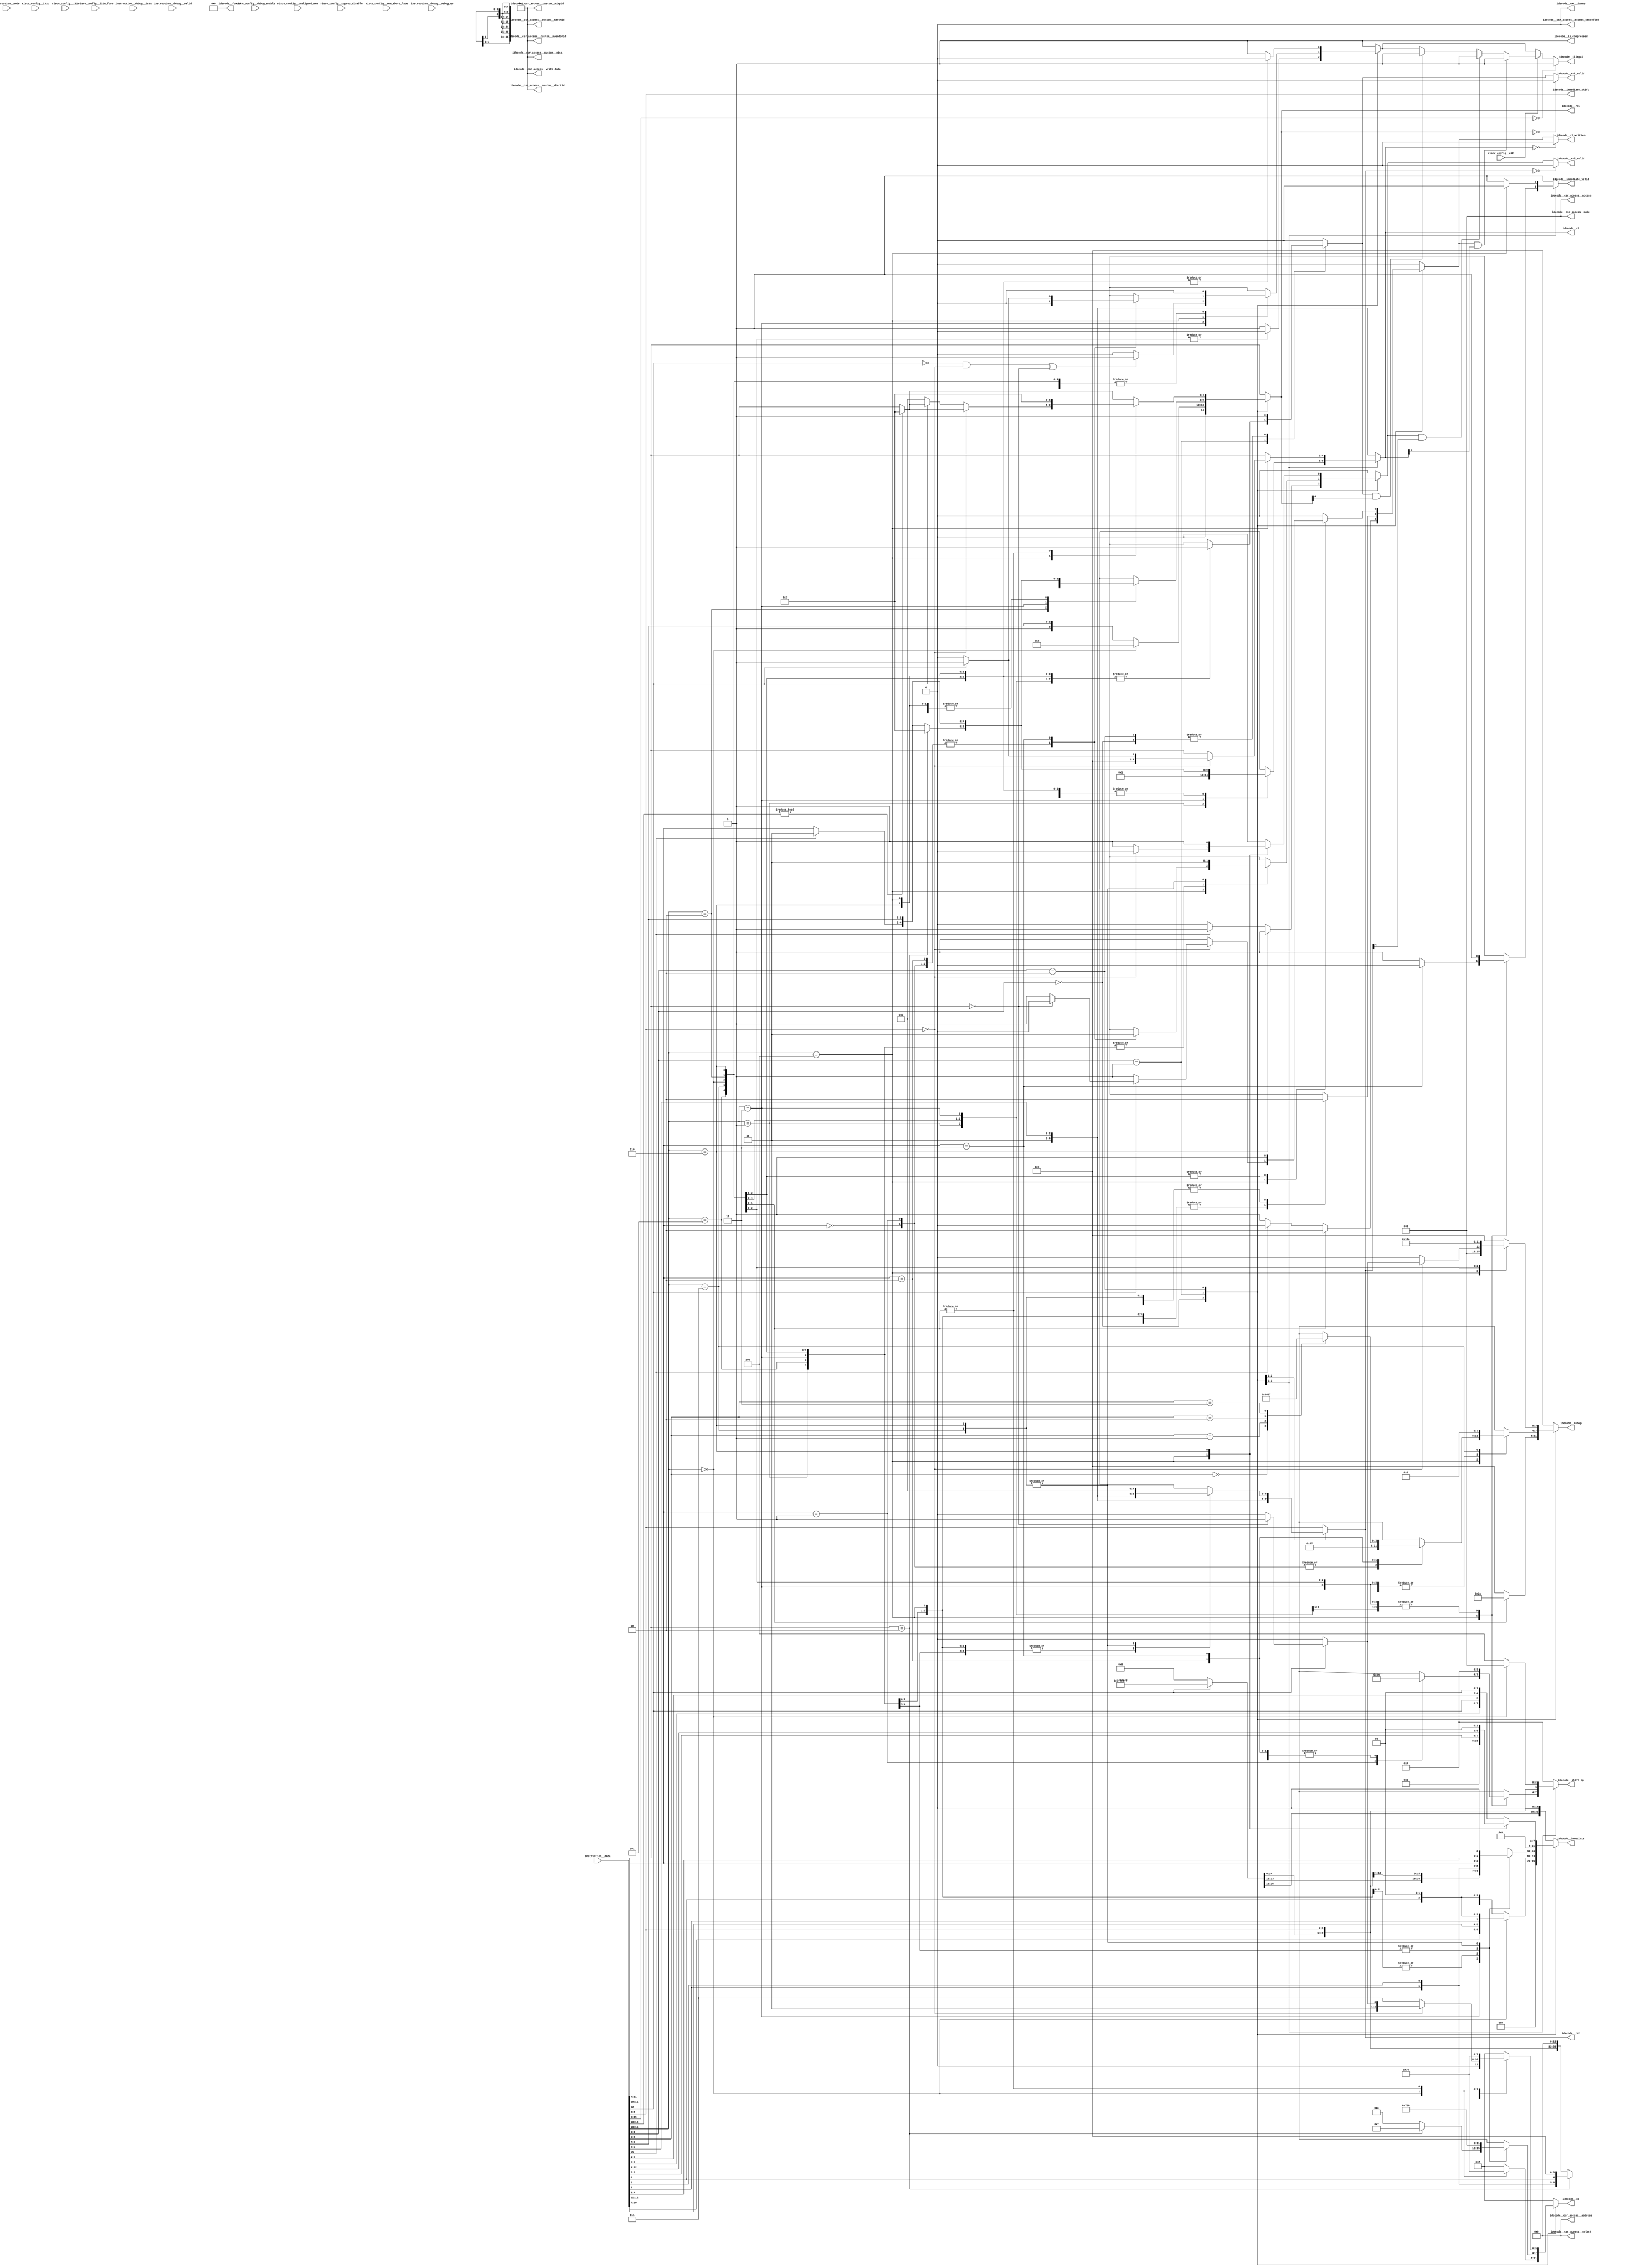
//a Note: created by CDL 1.4 - do not hand edit without recognizing it will be out of sync with the source
// Output mode 0 (VMOD=1, standard verilog=0)
// Verilog option comb reg suffix '__var'
// Verilog option include_displays 0
// Verilog option include_assertions 1
// Verilog option sv_assertions 0
// Verilog option assert delay string '<NULL>'
// Verilog option include_coverage 0
// Verilog option clock_gate_module_instance_type 'banana'
// Verilog option clock_gate_module_instance_extra_ports ''
// Verilog option use_always_at_star 1
// Verilog option clocks_must_have_enables 1

//a Module riscv_i32c_decode
    //   
    //   Instruction decoder for RISC-V I16 instruction set.
    //   
    //   This is based on the RISC-V v2.2 specification (hence figure numbers
    //   are from that specification)
    //   
    //   Note that custom opcodes are available
    //   
    //   
module riscv_i32c_decode
(

    riscv_config__i32c,
    riscv_config__e32,
    riscv_config__i32m,
    riscv_config__i32m_fuse,
    riscv_config__debug_enable,
    riscv_config__coproc_disable,
    riscv_config__unaligned_mem,
    riscv_config__mem_abort_late,
    instruction__mode,
    instruction__data,
    instruction__debug__valid,
    instruction__debug__debug_op,
    instruction__debug__data,

    idecode__rs1,
    idecode__rs1_valid,
    idecode__rs2,
    idecode__rs2_valid,
    idecode__rd,
    idecode__rd_written,
    idecode__csr_access__mode,
    idecode__csr_access__access_cancelled,
    idecode__csr_access__access,
    idecode__csr_access__custom__mhartid,
    idecode__csr_access__custom__misa,
    idecode__csr_access__custom__mvendorid,
    idecode__csr_access__custom__marchid,
    idecode__csr_access__custom__mimpid,
    idecode__csr_access__address,
    idecode__csr_access__select,
    idecode__csr_access__write_data,
    idecode__immediate,
    idecode__immediate_shift,
    idecode__immediate_valid,
    idecode__op,
    idecode__subop,
    idecode__shift_op,
    idecode__funct7,
    idecode__illegal,
    idecode__is_compressed,
    idecode__ext__dummy
);

    //b Clocks

    //b Inputs
    input riscv_config__i32c;
    input riscv_config__e32;
    input riscv_config__i32m;
    input riscv_config__i32m_fuse;
    input riscv_config__debug_enable;
    input riscv_config__coproc_disable;
    input riscv_config__unaligned_mem;
    input riscv_config__mem_abort_late;
    input [2:0]instruction__mode;
    input [31:0]instruction__data;
    input instruction__debug__valid;
    input [1:0]instruction__debug__debug_op;
    input [15:0]instruction__debug__data;

    //b Outputs
    output [4:0]idecode__rs1;
    output idecode__rs1_valid;
    output [4:0]idecode__rs2;
    output idecode__rs2_valid;
    output [4:0]idecode__rd;
    output idecode__rd_written;
    output [2:0]idecode__csr_access__mode;
    output idecode__csr_access__access_cancelled;
    output [2:0]idecode__csr_access__access;
    output [31:0]idecode__csr_access__custom__mhartid;
    output [31:0]idecode__csr_access__custom__misa;
    output [31:0]idecode__csr_access__custom__mvendorid;
    output [31:0]idecode__csr_access__custom__marchid;
    output [31:0]idecode__csr_access__custom__mimpid;
    output [11:0]idecode__csr_access__address;
    output [11:0]idecode__csr_access__select;
    output [31:0]idecode__csr_access__write_data;
    output [31:0]idecode__immediate;
    output [4:0]idecode__immediate_shift;
    output idecode__immediate_valid;
    output [3:0]idecode__op;
    output [3:0]idecode__subop;
    output [3:0]idecode__shift_op;
    output [6:0]idecode__funct7;
    output idecode__illegal;
    output idecode__is_compressed;
    output idecode__ext__dummy;

// output components here

    //b Output combinatorials
    reg [4:0]idecode__rs1;
    reg idecode__rs1_valid;
    reg [4:0]idecode__rs2;
    reg idecode__rs2_valid;
    reg [4:0]idecode__rd;
    reg idecode__rd_written;
    reg [2:0]idecode__csr_access__mode;
    reg idecode__csr_access__access_cancelled;
    reg [2:0]idecode__csr_access__access;
    reg [31:0]idecode__csr_access__custom__mhartid;
    reg [31:0]idecode__csr_access__custom__misa;
    reg [31:0]idecode__csr_access__custom__mvendorid;
    reg [31:0]idecode__csr_access__custom__marchid;
    reg [31:0]idecode__csr_access__custom__mimpid;
    reg [11:0]idecode__csr_access__address;
    reg [11:0]idecode__csr_access__select;
    reg [31:0]idecode__csr_access__write_data;
    reg [31:0]idecode__immediate;
    reg [4:0]idecode__immediate_shift;
    reg idecode__immediate_valid;
    reg [3:0]idecode__op;
    reg [3:0]idecode__subop;
    reg [3:0]idecode__shift_op;
    reg [6:0]idecode__funct7;
    reg idecode__illegal;
    reg idecode__is_compressed;
    reg idecode__ext__dummy;

    //b Output nets

    //b Internal and output registers

    //b Internal combinatorials
        //   Combinatorials used in the module, not exported as the decode
    reg [1:0]combs__quadrant;
    reg [2:0]combs__opc;
    reg [4:0]combs__rd_q0;
    reg [4:0]combs__rd_q12;
    reg [4:0]combs__rs1;
    reg [4:0]combs__rs2;
    reg [31:0]combs__imm_signed;
    reg [31:0]combs__imm_ci_v1;
    reg [31:0]combs__imm_clwsp;
    reg [31:0]combs__imm_clui;
    reg [31:0]combs__imm_caddi16sp;
    reg [31:0]combs__imm_caddi4spn;
    reg [31:0]combs__imm_cswsp;
    reg [31:0]combs__imm_clwsw;
    reg [31:0]combs__imm_cb;
    reg [31:0]combs__imm_cj;

    //b Internal nets

    //b Clock gating module instances
    //b Module instances
    //b instruction_breakout combinatorial process
        //   
        //       Break out the instruction into fields, using constants from
        //       riscv_internal_types
        //   
        //       Any output ports driven by these signals are simple wires, of
        //       course.
        //       
    always @ ( * )//instruction_breakout
    begin: instruction_breakout__comb_code
        combs__quadrant = instruction__data[1:0];
        combs__opc = instruction__data[15:13];
        combs__rd_q0 = {2'h1,instruction__data[4:2]};
        combs__rd_q12 = instruction__data[11:7];
        combs__rs1 = instruction__data[11:7];
        combs__rs2 = instruction__data[6:2];
    end //always

    //b immediate_decode combinatorial process
        //   
        //       Decode the immediate value based on the instruction opcode class.
        //   
        //       The immediate is sometimes a sign-extended value, with the sign
        //       bit coming from bit 12 of the instruction.  Hence @a
        //       combs.imm_signed is created as a 32 bit value of either all ones
        //       or all zeros, to be used as a sign extension bit vector as required.
        //   
        //       The immediate variants of the RISC-V I32C base instruction have to be extracted from section 12 and are:
        //   
        //       CI v1  sign extended     i[12],  i[5;2]                                for  li, addi, andi
        //       CI v2  zero ext          i[2;2] i[12], i[3;4], 2b0                     for lwsp
        //       CI v3  sign extended     i[12], i[5;2], 12b0                           for lui
        //       CI v4  sign extended     i[12], i[2;3], i[5], i[2], i[6], 4b0          for addi16sp
        //       CIW    zero ext    i[4;7], i[2;11], i[5] i[6], 2b0                     for addi4spn
        //       CSS,   zero ext               i[2;7], i[4;9], 2b0                      for swsp
        //       CL, CS zero ext           i[5], i[3;10], i[6], 2b0                     for lw, sw
        //       CB,    sign ext  i[12], i[2;5], i[2], i[2;10], i[2;3], 1b0             for beqz/bnez
        //       CJ     sign ext  i[12], i[8], i[2;9], i[3;6], i[2], i[11], i[3;3], 1b0 for j/jal
        //   
        //       
    always @ ( * )//immediate_decode
    begin: immediate_decode__comb_code
    reg idecode__immediate_valid__var;
    reg [31:0]idecode__immediate__var;
        combs__imm_signed = ((instruction__data[12]!=1'h0)?64'hffffffffffffffff:64'h0);
        idecode__immediate_valid__var = 1'h1;
        idecode__immediate_shift = instruction__data[6:2];
        combs__imm_ci_v1 = {combs__imm_signed[26:0],instruction__data[6:2]};
        combs__imm_clwsp = {{{{24'h0,instruction__data[3:2]},instruction__data[12]},instruction__data[6:4]},2'h0};
        combs__imm_clui = {{combs__imm_signed[14:0],instruction__data[6:2]},12'h0};
        combs__imm_caddi16sp = {{{{{combs__imm_signed[22:0],instruction__data[4:3]},instruction__data[5]},instruction__data[2]},instruction__data[6]},4'h0};
        combs__imm_caddi4spn = {{{{{22'h0,instruction__data[10:7]},instruction__data[12:11]},instruction__data[5]},instruction__data[6]},2'h0};
        combs__imm_cswsp = {{{24'h0,instruction__data[8:7]},instruction__data[12:9]},2'h0};
        combs__imm_clwsw = {{{{25'h0,instruction__data[5]},instruction__data[12:10]},instruction__data[6]},2'h0};
        combs__imm_cb = {{{{{combs__imm_signed[23:0],instruction__data[6:5]},instruction__data[2]},instruction__data[11:10]},instruction__data[4:3]},1'h0};
        combs__imm_cj = {{{{{{{{combs__imm_signed[20:0],instruction__data[8]},instruction__data[10:9]},instruction__data[6]},instruction__data[7]},instruction__data[2]},instruction__data[11]},instruction__data[5:3]},1'h0};
        idecode__immediate__var = combs__imm_ci_v1;
        case (combs__quadrant) //synopsys parallel_case
        2'h0: // req 1
            begin
            idecode__immediate__var = combs__imm_clwsw;
            case (combs__opc) //synopsys parallel_case
            3'h0: // req 1
                begin
                idecode__immediate__var = combs__imm_caddi4spn;
                end
            3'h2: // req 1
                begin
                idecode__immediate__var = combs__imm_clwsw;
                end
            3'h6: // req 1
                begin
                idecode__immediate__var = combs__imm_clwsw;
                end
            //synopsys  translate_off
            //pragma coverage off
            //synopsys  translate_on
            default:
                begin
                //Need a default case to make Cadence Lint happy, even though this is not a full case
                end
            //synopsys  translate_off
            //pragma coverage on
            //synopsys  translate_on
            endcase
            end
        2'h1: // req 1
            begin
            idecode__immediate__var = combs__imm_ci_v1;
            case (combs__opc) //synopsys parallel_case
            3'h0: // req 1
                begin
                idecode__immediate__var = combs__imm_ci_v1;
                end
            3'h1: // req 1
                begin
                idecode__immediate__var = combs__imm_cj;
                end
            3'h2: // req 1
                begin
                idecode__immediate__var = combs__imm_ci_v1;
                end
            3'h3: // req 1
                begin
                idecode__immediate__var = combs__imm_clui;
                if ((instruction__data[11:7]==5'h2))
                begin
                    idecode__immediate__var = combs__imm_caddi16sp;
                end //if
                end
            3'h4: // req 1
                begin
                idecode__immediate__var = combs__imm_ci_v1;
                if ((instruction__data[11:10]==2'h3))
                begin
                    idecode__immediate_valid__var = 1'h0;
                end //if
                end
            3'h5: // req 1
                begin
                idecode__immediate__var = combs__imm_cj;
                end
            3'h6: // req 1
                begin
                idecode__immediate__var = combs__imm_cb;
                end
            3'h7: // req 1
                begin
                idecode__immediate__var = combs__imm_cb;
                end
            //synopsys  translate_off
            //pragma coverage off
            //synopsys  translate_on
            default:
                begin
                //Need a default case to make Cadence Lint happy, even though this is not a full case
                end
            //synopsys  translate_off
            //pragma coverage on
            //synopsys  translate_on
            endcase
            end
        2'h2: // req 1
            begin
            idecode__immediate__var = combs__imm_clwsp;
            case (combs__opc) //synopsys parallel_case
            3'h4: // req 1
                begin
                idecode__immediate_valid__var = 1'h0;
                idecode__immediate__var = 32'h0;
                end
            3'h0: // req 1
                begin
                idecode__immediate__var = combs__imm_clwsp;
                end
            3'h2: // req 1
                begin
                idecode__immediate__var = combs__imm_clwsp;
                end
            3'h6: // req 1
                begin
                idecode__immediate__var = combs__imm_cswsp;
                end
            //synopsys  translate_off
            //pragma coverage off
            //synopsys  translate_on
            default:
                begin
                //Need a default case to make Cadence Lint happy, even though this is not a full case
                end
            //synopsys  translate_off
            //pragma coverage on
            //synopsys  translate_on
            endcase
            end
        //synopsys  translate_off
        //pragma coverage off
        //synopsys  translate_on
        default:
            begin
            //Need a default case to make Cadence Lint happy, even though this is not a full case
            end
        //synopsys  translate_off
        //pragma coverage on
        //synopsys  translate_on
        endcase
        idecode__immediate_valid = idecode__immediate_valid__var;
        idecode__immediate = idecode__immediate__var;
    end //always

    //b instruction_decode combinatorial process
        //   
        //       Decode the compressed instruction operation
        //       Decode the registers based on the instruction opcode class.
        //   
        //       For many instructions there is a 3-bit register decode, which operate
        //       (per table 12.2 in spec v2.2) on actual registers 8 through 15 (5b01000-0b01111)
        //       These are known as the prime register decodes (rs1', rs2', rd').
        //   
        //       
    always @ ( * )//instruction_decode
    begin: instruction_decode__comb_code
    reg [4:0]idecode__rd__var;
    reg [4:0]idecode__rs1__var;
    reg [4:0]idecode__rs2__var;
    reg idecode__rs1_valid__var;
    reg idecode__rs2_valid__var;
    reg idecode__rd_written__var;
    reg [2:0]idecode__csr_access__access__var;
    reg [3:0]idecode__op__var;
    reg idecode__illegal__var;
    reg [3:0]idecode__subop__var;
    reg [3:0]idecode__shift_op__var;
        idecode__ext__dummy = 1'h0;
        idecode__is_compressed = 1'h1;
        idecode__rd__var = combs__rd_q0;
        idecode__rs1__var = combs__rs1;
        idecode__rs2__var = combs__rs2;
        idecode__rs1_valid__var = 1'h0;
        idecode__rs2_valid__var = 1'h0;
        idecode__rd_written__var = 1'h0;
        idecode__csr_access__mode = 3'h0;
        idecode__csr_access__access_cancelled = 1'h0;
        idecode__csr_access__access__var = 3'h0;
        idecode__csr_access__custom__mhartid = 32'h0;
        idecode__csr_access__custom__misa = 32'h0;
        idecode__csr_access__custom__mvendorid = 32'h0;
        idecode__csr_access__custom__marchid = 32'h0;
        idecode__csr_access__custom__mimpid = 32'h0;
        idecode__csr_access__address = 12'h0;
        idecode__csr_access__select = 12'h0;
        idecode__csr_access__write_data = 32'h0;
        idecode__csr_access__access__var = 3'h0;
        idecode__op__var = 4'hf;
        idecode__illegal__var = 1'h1;
        idecode__subop__var = 4'h0;
        idecode__funct7 = 7'h0;
        idecode__shift_op__var = 4'h4;
        case (combs__quadrant) //synopsys parallel_case
        2'h0: // req 1
            begin
            idecode__rd__var = combs__rd_q0;
            idecode__rs1__var = {2'h1,combs__rs1[2:0]};
            idecode__rs2__var = {2'h1,combs__rs2[2:0]};
            idecode__rs1_valid__var = 1'h1;
            idecode__rs2_valid__var = 1'h0;
            idecode__rd_written__var = 1'h1;
            if ((combs__opc[2]!=1'h0))
            begin
                idecode__rs2_valid__var = 1'h1;
                idecode__rd_written__var = 1'h0;
            end //if
            case (combs__opc) //synopsys parallel_case
            3'h0: // req 1
                begin
                idecode__illegal__var = 1'h0;
                idecode__op__var = 4'h7;
                idecode__subop__var = 4'h0;
                idecode__rs1__var = 5'h2;
                idecode__rs1_valid__var = 1'h1;
                end
            3'h2: // req 1
                begin
                idecode__illegal__var = 1'h0;
                idecode__op__var = 4'h6;
                idecode__subop__var = 4'h2;
                idecode__rs1_valid__var = 1'h1;
                idecode__rd_written__var = 1'h1;
                end
            3'h6: // req 1
                begin
                idecode__illegal__var = 1'h0;
                idecode__op__var = 4'h6;
                idecode__subop__var = 4'ha;
                idecode__rs1_valid__var = 1'h1;
                idecode__rs2_valid__var = 1'h1;
                idecode__rd_written__var = 1'h0;
                end
            //synopsys  translate_off
            //pragma coverage off
            //synopsys  translate_on
            default:
                begin
                //Need a default case to make Cadence Lint happy, even though this is not a full case
                end
            //synopsys  translate_off
            //pragma coverage on
            //synopsys  translate_on
            endcase
            end
        2'h1: // req 1
            begin
            idecode__rd__var = combs__rd_q12;
            idecode__rs1__var = combs__rs1;
            idecode__rs2__var = {2'h1,combs__rs2[2:0]};
            if ((combs__opc[2]!=1'h0))
            begin
                idecode__rd__var[4:3] = 2'h1;
                idecode__rs1__var[4:3] = 2'h1;
            end //if
            idecode__rs1_valid__var = 1'h1;
            idecode__rs2_valid__var = 1'h0;
            idecode__rd_written__var = 1'h0;
            case (combs__opc) //synopsys parallel_case
            3'h0: // req 1
                begin
                idecode__illegal__var = 1'h0;
                idecode__op__var = 4'h7;
                idecode__subop__var = 4'h0;
                idecode__rs1_valid__var = 1'h1;
                idecode__rd_written__var = 1'h1;
                end
            3'h1: // req 1
                begin
                idecode__illegal__var = 1'h0;
                idecode__op__var = 4'h1;
                idecode__rd__var = 5'h1;
                idecode__rd_written__var = 1'h1;
                end
            3'h2: // req 1
                begin
                idecode__illegal__var = 1'h0;
                idecode__op__var = 4'h7;
                idecode__subop__var = 4'h0;
                idecode__rs1_valid__var = 1'h1;
                idecode__rd_written__var = 1'h1;
                idecode__rs1__var = 5'h0;
                end
            3'h3: // req 1
                begin
                idecode__illegal__var = 1'h0;
                idecode__op__var = 4'ha;
                idecode__rd_written__var = 1'h1;
                idecode__subop__var = 4'h0;
                if ((instruction__data[11:7]==5'h2))
                begin
                    idecode__op__var = 4'h7;
                    idecode__rs1_valid__var = 1'h1;
                    idecode__rd_written__var = 1'h1;
                    idecode__rd__var = 5'h2;
                    idecode__rs1__var = 5'h2;
                end //if
                if ((((instruction__data[12]==1'h0)&&(instruction__data[6:2]==5'h0))||(instruction__data[11:7]==5'h0)))
                begin
                    idecode__illegal__var = 1'h1;
                end //if
                end
            3'h4: // req 1
                begin
                idecode__illegal__var = 1'h0;
                idecode__op__var = 4'h7;
                idecode__subop__var = 4'h7;
                idecode__rs1_valid__var = 1'h1;
                idecode__rs2_valid__var = 1'h0;
                idecode__rd_written__var = 1'h1;
                case (instruction__data[11:10]) //synopsys parallel_case
                2'h0: // req 1
                    begin
                    idecode__subop__var = 4'h5;
                    idecode__shift_op__var = 4'h4;
                    idecode__rs2_valid__var = 1'h0;
                    end
                2'h1: // req 1
                    begin
                    idecode__subop__var = 4'h5;
                    idecode__shift_op__var = 4'h6;
                    idecode__rs2_valid__var = 1'h0;
                    end
                2'h2: // req 1
                    begin
                    idecode__subop__var = 4'h7;
                    idecode__rs2_valid__var = 1'h0;
                    end
                2'h3: // req 1
                    begin
                    if ((instruction__data[12]!=1'h0))
                    begin
                        idecode__illegal__var = 1'h1;
                    end //if
                    idecode__subop__var = 4'h7;
                    idecode__rs2_valid__var = 1'h1;
                    case (instruction__data[6:5]) //synopsys parallel_case
                    2'h0: // req 1
                        begin
                        idecode__subop__var = 4'h8;
                        end
                    2'h1: // req 1
                        begin
                        idecode__subop__var = 4'h4;
                        end
                    2'h2: // req 1
                        begin
                        idecode__subop__var = 4'h6;
                        end
                    2'h3: // req 1
                        begin
                        idecode__subop__var = 4'h7;
                        end
    //synopsys  translate_off
    //pragma coverage off
                    default:
                        begin
                            if (1)
                            begin
                                $display("%t *********CDL ASSERTION FAILURE:riscv_i32c_decode:instruction_decode: Full switch statement did not cover all values", $time);
                            end
                        end
    //pragma coverage on
    //synopsys  translate_on
                    endcase
                    end
    //synopsys  translate_off
    //pragma coverage off
                default:
                    begin
                        if (1)
                        begin
                            $display("%t *********CDL ASSERTION FAILURE:riscv_i32c_decode:instruction_decode: Full switch statement did not cover all values", $time);
                        end
                    end
    //pragma coverage on
    //synopsys  translate_on
                endcase
                end
            3'h5: // req 1
                begin
                idecode__illegal__var = 1'h0;
                idecode__op__var = 4'h1;
                idecode__rd_written__var = 1'h0;
                end
            3'h6: // req 1
                begin
                idecode__illegal__var = 1'h0;
                idecode__op__var = 4'h0;
                idecode__subop__var = 4'h0;
                idecode__rs1_valid__var = 1'h1;
                idecode__rs2_valid__var = 1'h1;
                idecode__rs2__var = 5'h0;
                idecode__rd_written__var = 1'h0;
                end
            3'h7: // req 1
                begin
                idecode__illegal__var = 1'h0;
                idecode__op__var = 4'h0;
                idecode__subop__var = 4'h1;
                idecode__rs1_valid__var = 1'h1;
                idecode__rs2_valid__var = 1'h1;
                idecode__rs2__var = 5'h0;
                idecode__rd_written__var = 1'h0;
                end
            //synopsys  translate_off
            //pragma coverage off
            //synopsys  translate_on
            default:
                begin
                //Need a default case to make Cadence Lint happy, even though this is not a full case
                end
            //synopsys  translate_off
            //pragma coverage on
            //synopsys  translate_on
            endcase
            end
        2'h2: // req 1
            begin
            idecode__rd__var = combs__rd_q12;
            idecode__rs1__var = combs__rs1;
            idecode__rs2__var = combs__rs2;
            idecode__rs1_valid__var = 1'h1;
            idecode__rs2_valid__var = 1'h0;
            idecode__rd_written__var = 1'h0;
            if ((combs__opc[1:0]!=2'h0))
            begin
                idecode__rs1__var = 5'h2;
            end //if
            case (combs__opc) //synopsys parallel_case
            3'h4: // req 1
                begin
                idecode__illegal__var = 1'h0;
                if ((combs__rs2==5'h0))
                begin
                    idecode__op__var = 4'h2;
                    idecode__rs1_valid__var = 1'h1;
                    idecode__rs2_valid__var = 1'h0;
                    idecode__rd_written__var = 1'h1;
                    if ((instruction__data[12]!=1'h0))
                    begin
                        idecode__rd__var = 5'h1;
                        if ((combs__rs1==5'h0))
                        begin
                            idecode__op__var = 4'h3;
                            idecode__subop__var = 4'h1;
                            idecode__rd_written__var = 1'h0;
                        end //if
                    end //if
                    else
                    
                    begin
                        idecode__rd__var = 5'h0;
                    end //else
                end //if
                else
                
                begin
                    idecode__op__var = 4'h7;
                    idecode__subop__var = 4'h0;
                    idecode__rs1_valid__var = 1'h1;
                    idecode__rs2_valid__var = 1'h1;
                    idecode__rd_written__var = 1'h1;
                    if (!(instruction__data[12]!=1'h0))
                    begin
                        idecode__rs1__var = 5'h0;
                    end //if
                end //else
                end
            3'h0: // req 1
                begin
                idecode__illegal__var = 1'h0;
                idecode__op__var = 4'h7;
                idecode__subop__var = 4'h1;
                idecode__shift_op__var = 4'h0;
                idecode__rs1_valid__var = 1'h1;
                idecode__rs2_valid__var = 1'h0;
                idecode__rd_written__var = 1'h1;
                end
            3'h2: // req 1
                begin
                idecode__illegal__var = 1'h0;
                idecode__op__var = 4'h6;
                idecode__subop__var = 4'h2;
                idecode__rs1__var = 5'h2;
                idecode__rs1_valid__var = 1'h1;
                idecode__rs2_valid__var = 1'h0;
                idecode__rd_written__var = 1'h1;
                end
            3'h6: // req 1
                begin
                idecode__illegal__var = 1'h0;
                idecode__op__var = 4'h6;
                idecode__subop__var = 4'ha;
                idecode__rs1__var = 5'h2;
                idecode__rs1_valid__var = 1'h1;
                idecode__rs2_valid__var = 1'h1;
                end
            //synopsys  translate_off
            //pragma coverage off
            //synopsys  translate_on
            default:
                begin
                //Need a default case to make Cadence Lint happy, even though this is not a full case
                end
            //synopsys  translate_off
            //pragma coverage on
            //synopsys  translate_on
            endcase
            end
        //synopsys  translate_off
        //pragma coverage off
        //synopsys  translate_on
        default:
            begin
            //Need a default case to make Cadence Lint happy, even though this is not a full case
            end
        //synopsys  translate_off
        //pragma coverage on
        //synopsys  translate_on
        endcase
        if (((riscv_config__e32!=1'h0)||(1'h0!=64'h0)))
        begin
            if (((idecode__rs1_valid__var!=1'h0)&&(idecode__rs1__var[4]!=1'h0)))
            begin
                idecode__illegal__var = 1'h1;
            end //if
            if (((idecode__rs2_valid__var!=1'h0)&&(idecode__rs2__var[4]!=1'h0)))
            begin
                idecode__illegal__var = 1'h1;
            end //if
            if (((idecode__rd_written__var!=1'h0)&&(idecode__rd__var[4]!=1'h0)))
            begin
                idecode__illegal__var = 1'h1;
            end //if
        end //if
        if ((idecode__rs1__var==5'h0))
        begin
            idecode__rs1_valid__var = 1'h0;
        end //if
        if ((idecode__rs2__var==5'h0))
        begin
            idecode__rs2_valid__var = 1'h0;
        end //if
        if ((idecode__rd__var==5'h0))
        begin
            idecode__rd_written__var = 1'h0;
        end //if
        if ((instruction__data[15:0]==16'h0))
        begin
            idecode__illegal__var = 1'h1;
        end //if
        idecode__rd = idecode__rd__var;
        idecode__rs1 = idecode__rs1__var;
        idecode__rs2 = idecode__rs2__var;
        idecode__rs1_valid = idecode__rs1_valid__var;
        idecode__rs2_valid = idecode__rs2_valid__var;
        idecode__rd_written = idecode__rd_written__var;
        idecode__csr_access__access = idecode__csr_access__access__var;
        idecode__op = idecode__op__var;
        idecode__illegal = idecode__illegal__var;
        idecode__subop = idecode__subop__var;
        idecode__shift_op = idecode__shift_op__var;
    end //always

endmodule // riscv_i32c_decode